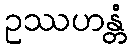
ဥဿဟန္တံ